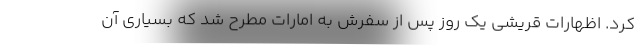
کرد. اظهارات قریشی یک روز پس از سفرش به امارات مطرح شد که بسیاری آن